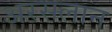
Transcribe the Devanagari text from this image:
अरसलान